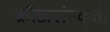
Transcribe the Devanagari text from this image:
क्रीडासंस्कृती